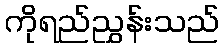
ကိုရည်ညွှန်းသည်